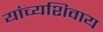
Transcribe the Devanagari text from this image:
यांच्यशिवाय